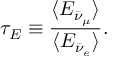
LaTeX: \tau _ { E } \equiv \frac { \langle E _ { \bar { \nu } _ { \mu } } \rangle } { \langle E _ { \bar { \nu } _ { e } } \rangle } .